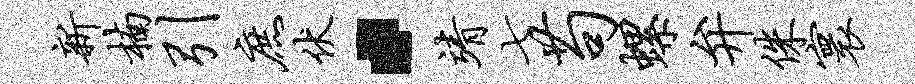
新楠引庶伏·靖七苟螺弁侏寰